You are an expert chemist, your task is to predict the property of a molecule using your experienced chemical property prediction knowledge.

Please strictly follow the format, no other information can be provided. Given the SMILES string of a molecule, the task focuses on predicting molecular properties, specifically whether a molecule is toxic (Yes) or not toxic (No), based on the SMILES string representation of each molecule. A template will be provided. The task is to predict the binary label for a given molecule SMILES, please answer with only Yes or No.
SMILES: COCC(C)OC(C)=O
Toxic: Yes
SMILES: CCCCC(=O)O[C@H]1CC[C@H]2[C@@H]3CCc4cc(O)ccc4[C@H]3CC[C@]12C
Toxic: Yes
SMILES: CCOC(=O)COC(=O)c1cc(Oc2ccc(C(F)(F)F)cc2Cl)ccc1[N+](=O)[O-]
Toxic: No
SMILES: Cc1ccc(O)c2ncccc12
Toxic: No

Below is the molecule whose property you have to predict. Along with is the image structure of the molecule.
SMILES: Oc1ccccc1[Hg]Cl
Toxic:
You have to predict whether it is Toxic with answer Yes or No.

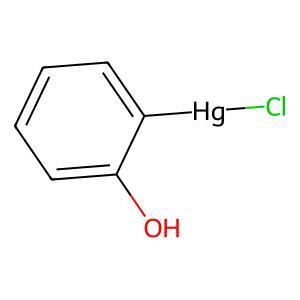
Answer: No